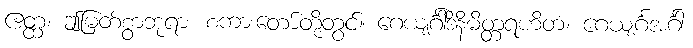
ဧတ္ထ၊ ဤမြတ်စွာဘုရား စကားတော်တို့တွင်။ ဂေယျင်္ဂါဒိနိမိတ္တရဟိတံ၊ ဂေယျင်္ဂအင်္ဂါ